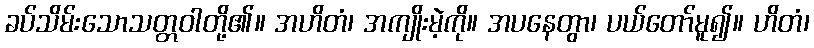
ခပ်သိမ်းသောသတ္တဝါတို့၏။ အဟိတံ၊ အကျိုးမဲ့ကို။ အပနေတွာ၊ ပယ်တော်မူ၍။ ဟိတံ၊